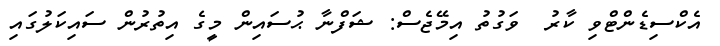
އެކްސިޑެންޓްވި ކާރު  ވަގުތު އިމޭޖެސް: ޝަފްނާ ޙުސައިން މީގެ އިތުރުން ސައިކަލުގައި